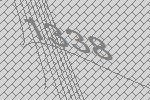
1338